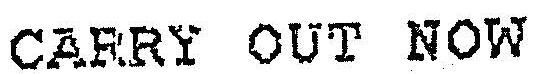
CARRY OUT NOW